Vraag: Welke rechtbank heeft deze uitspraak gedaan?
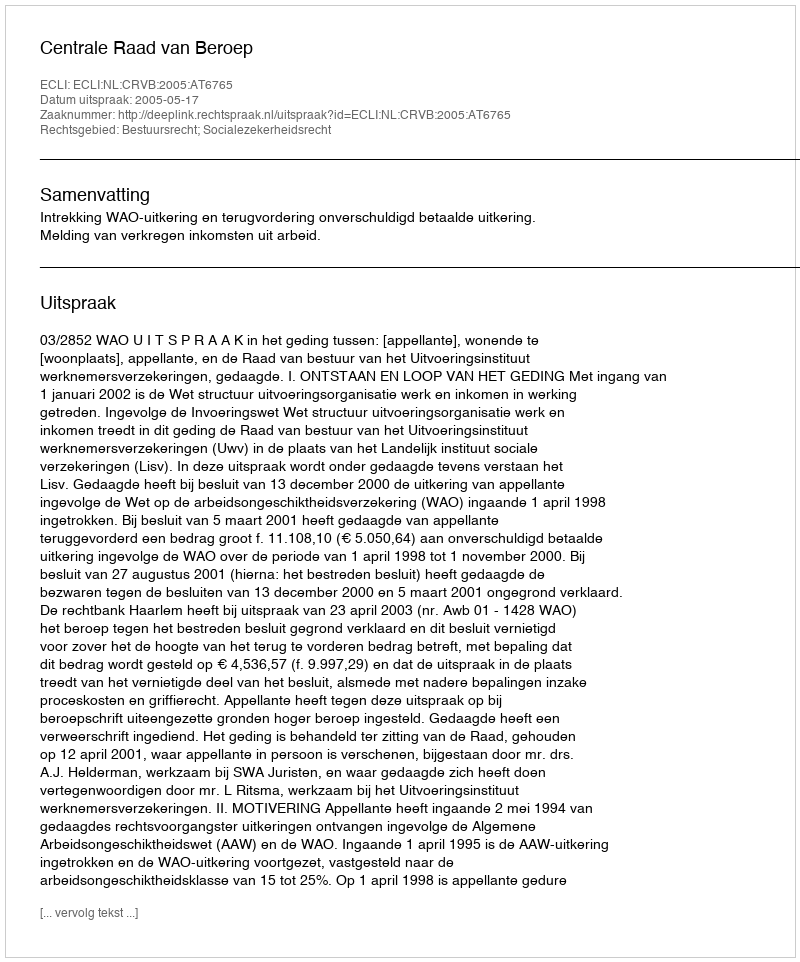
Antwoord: Centrale Raad van Beroep